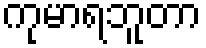
ကုမာရဘူတာ